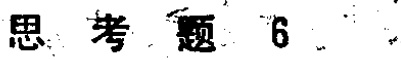
思考题6